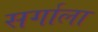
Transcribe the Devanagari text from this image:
सर्गाला